Civil Veterinary Department Bihar reports 1940-50 - 1940-1950
Year: 1940
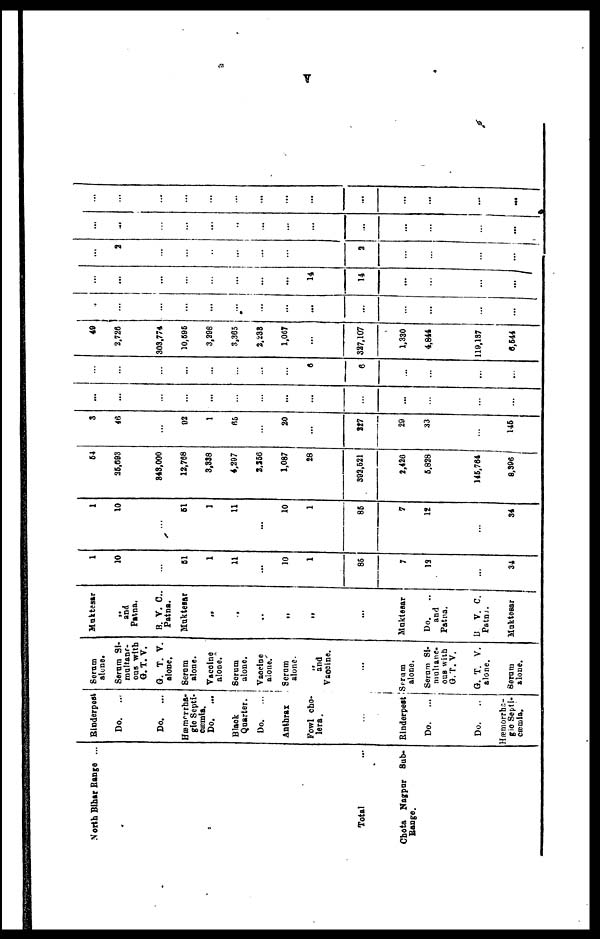
v
North Bihar Range ...
Total ...
Chota Nagpur Sub-
Range.
Rinderpest
Do. ...
Do.
...
Hæmorrha-
gic Septi-
cæmia.
Do.
...
Black
Quarter.
Do.
...
Anthrax
Fowl cho-
lera.
...
Rinderpest
Do.
...
Do.
Hæmorrha-
gic Septi-
cæmia.
Serum
alone.
Serum Si-
multane-
ous with
G. T. V.
G. T. V.
alone.
Serum
alone.
Vaccine
alone.
Serum
alone.
Vaccine
alone.
Serum
alone.
„
and
Vaccine.
...
Serum
alone.
Serum Si-
multane-
ous with
G. T. V.
G. T. V.
alone.
Serum
alone.
Muktesar
and
Patna.
B. V. C.,
Patna.
Muktesar
...
„
„
„
„
...
Muktesar
Do.
and
Patna.
B V. C.
Patna.
Muktesar
1
10
...
61
1
11
...
10
1
85
7
13
34
1
10
...
51
1
11
...
10
1
85
7
12
34
54
35,093
843,000
12,768
3,338
4,297
2,256
1,087
28
392,521
2,426
5,828
145,764
8,396
3
46
...
92
1
65
...
20
...
227
29
33
145
...
...
...
...
...
...
...
...
...
...
...
...
...
...
...
6
6
49
2,726
303,774
10,595
3,398
3,365
2,238
1,067
...
327,107
1,330
4,844
119,137
6,544
..
...
...
...
...
...
...
...
...
...
...
...
...
...
...
...
...
...
14
14
...
...
2
...
...
...
...
...
...
...
2
|
...
...
...
...
...
...
...
...
...
...
...
...
...
...
...
...
...
...
...
...
...
...
...